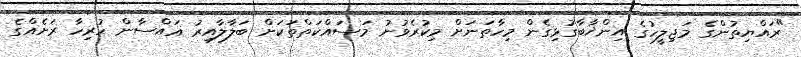
"ރައްޔިތުންގެ މަޖިލީހުގެ އިންޚާބާގުޅިގެން މިހާތަނަށް މިކުރެވުނު މަސައްކަތްތަކަށް ބަލާލާއިރު ޣައްސާން ހުރިހާ ރަށެއްގެ